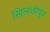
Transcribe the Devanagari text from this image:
खिलचीपूर